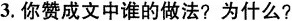
3.你赞成文中谁的做法？为什么？